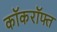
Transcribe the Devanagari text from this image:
कॉकरॉफ्त